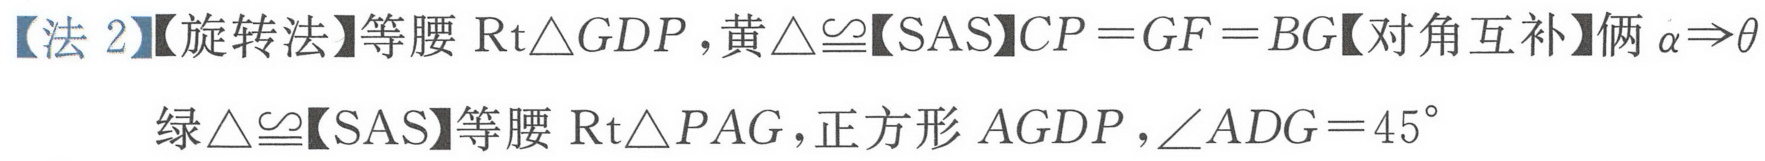
【法 2】【旋转法】等腰\(\text{Rt}\triangle GDP\)，黄\(\triangle\cong\)【SAS】\(CP = GF = BG\)【对角互补】俩\(\alpha\Rightarrow\theta\)
绿\(\triangle\cong\)【SAS】等腰\(\text{Rt}\triangle PAG\)，正方形\(AGDP\)，\(\angle ADG = 45^{\circ}\)